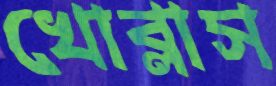
খোব্‌লাস